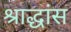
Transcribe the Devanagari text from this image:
श्राद्धांस